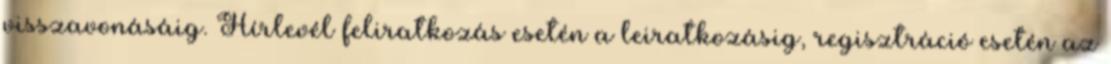
visszavonásáig. Hírlevél feliratkozás esetén a leiratkozásig, regisztráció esetén az